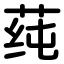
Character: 莼